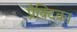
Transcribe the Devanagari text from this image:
प्रैक्टिका